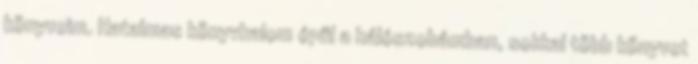
könyveim. Hatalmas könyvhalom épül a hálószobámban, sokkal több könyvet